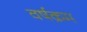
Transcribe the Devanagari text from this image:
वर्षक्रम